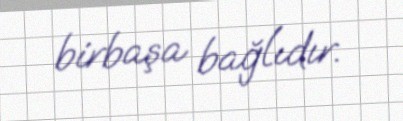
birbaşa bağlıdır.